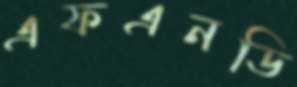
এফএনডি